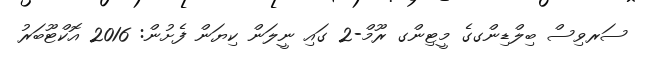
ސަރވިސް ބިލްޑިންގގެ މީޓިންގ ރޫމް-2 ގައި ނީލަން ކިޔަން ފެށުން: 2016 އޮކްޓޫބަރު